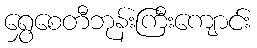
ရွှေစေတီဘုန်းကြီးကျောင်း